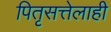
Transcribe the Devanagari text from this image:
पितृसत्तेलाही